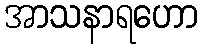
အာသနာရဟော